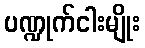
ပဏ္ဍုက်ငါးမျိုး